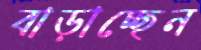
বাড়াচ্ছেন